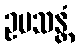
ဥပသန္တံ